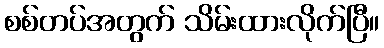
စစ်တပ်အတွက် သိမ်းထားလိုက်ပြီ။